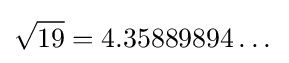
{\sqrt {19}}=4.35889894\dots